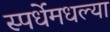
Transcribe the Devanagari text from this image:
स्पर्धेमधल्या